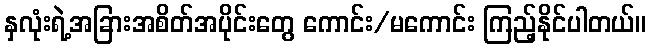
နှလုံးရဲ့အခြားအစိတ်အပိုင်းတွေ ကောင်း/မကောင်း ကြည့်နိုင်ပါတယ်။